Calcutta medical institutions reports 1871-78
Year: 1871
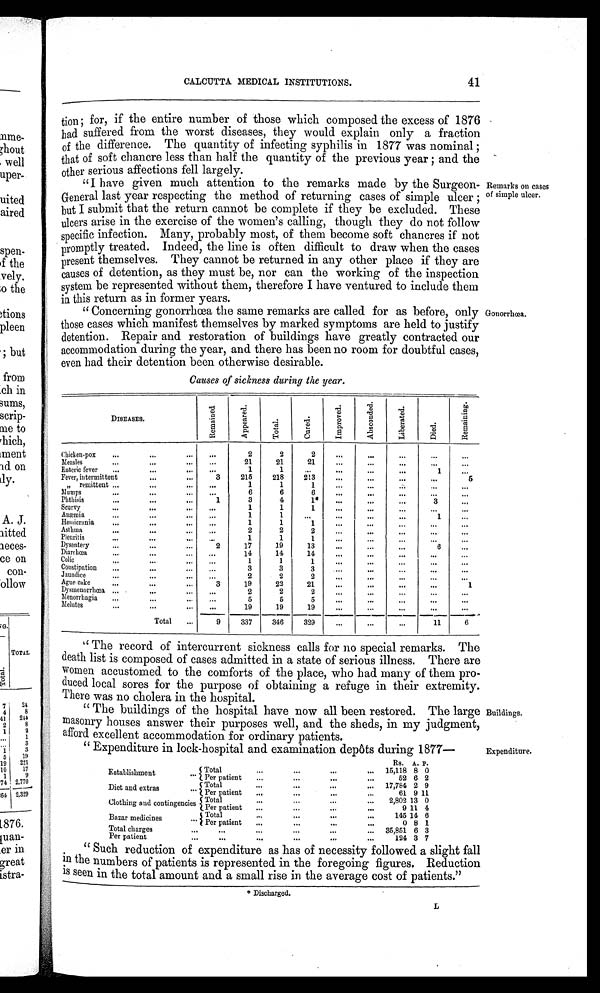
CALCUTTA MEDICAL INSTITUTIONS.
41
t i o n ; f o r ,
if the entire number of those which composed the excess of 1876
had suffered from the worst diseases, they would explain only a fraction
of the difference. The quantity of infecting syphilis in 1877 was nominal;
that of soft chancre less than half the quantity of the previous year; and the
other serious affections fell largely.
"I have given much attention to the remarks made by the Surgeon-
General last year respecting the method of returning cases of simple ulcer;
but I submit that the return cannot be complete if they be excluded. These
ulcers arise in the exercise of the women's calling, though they do not follow
specific infection. Many, probably most, of them become soft chancres if not
promptly treated. Indeed, the line is often difficult to draw when the cases
present themselves. They cannot be returned in any other place if they are
causes of detention, as they must be, nor can the working of the inspection
system be represented without them, therefore I have ventured to include them
in this return as in former years.
" Concerning gonorrhœa the same remarks are called for as before, only
those cases which manifest themselves by marked symptoms are held to justify
detention. Repair and restoration of buildings have greatly contracted our
accommodation during the year, and there has been no room for doubtful cases,
even had their detention been otherwise desirable.
Causes of sickness during the year.
Remarks on cases
of simple ulcer.
Gonorrhœa.
DISEASES.
R e m a i n e d .
A p p e a r e d .
T o t a l .
C u r e d .
I m p r o v e d .
A b s c o n d e d .
L i b e r a t e d .
D i e d
.
R e m a i n i n g .
Chicken-pox
...
2
2
2
...
. . .
. . .
. . .
. . .
Measles
...
21
21
21
. . .
...
. . .
. . .
. . .
Enteric fever
...
•••
...
1
1
...
...
•••
1
Fever, intermittent
...
3
215
218
213
...
...
5
"
remittent
. . .
1
1
1
...
...
. . .
. . .
Mumps
...
6
6
6
..,
...
•••
Phthisis
1
3
4
1*
. . .
...
3
...
Scurvy
...
...
1
1
1
...
...
...
-•
Anemia
•••
•••
...
1
1
...
1
Hemicrania
...
1
1
1
...
. . .
...
...
Asthma
—
...
...
2
2
2
...
...
"'
Pleuritis
.
1
1
1
...
•"
...
...
Dysentery
2
17
19
13
...
6
...
Diarrhœa
14
14
14
Colic
...
1
1
1
...
Constipation
...
3
3
3
....
..
Jaundice
2
2
2 ...
...
Ague cake
3
19
22
21
1
Dysmenorrhœa
2
2
2
.
...
...
Menorrhagia
...
”'
5
5
5
...
...
...
Melutes
.••
...
...
19
19
19
"
...
...
--
*"
---,
T o t a l
9
337
346
329
—
...
...
...
11
6
" The record of intercurrent sickness calls for no special remarks. The
death list is composed of cases admitted in a state of serious illness. There are
women accustomed to the comforts of the place, who bad many of them pro-
duced local sores for the purpose of obtaining a refuge in their extremity.
There was no cholera in the hospital.
" The buildings of the hospital have now all been restored. The large
masonry houses answer their purposes well, and the sheds, in my judgment,
afford excellent accommodation for ordinary patients.
" Expenditure in lock-hospital and examination depôts during 1877—
Rs,
A.
P
E stablishment
—
Total
...
.60
."
15,118 8 0
Per patient
...
...
...
52 6 2
Diet and extras
.
Total
...
...
*at
17,784 2 9
Per patient
...
...
...
...
61 9
1 1
Clothing and contingencies Total
/
...
...
...
...
.
2,802 13 0
Per patient
...
...
9 11 4
Bazar medicines
Total
...
...
.0.
..%
145 14 6
Per patient
...
..,
...
...
0 8 1
Total charges
...
...
...
...
0.0
...
35,851 6 3
Per patient
...
6.6
...
.
01.•
00.
..
124 3 7
" Such reduction of expenditure as has of necessity followed a slight fall
in the numbers of patients is represented in the foregoing figures. Reduction
is seen in the total amount and a small rise in the average cost of patients."
* Discharged.
Buildings.
Expenditure.